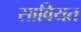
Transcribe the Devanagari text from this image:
सावियत